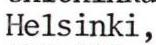
Helsinki,